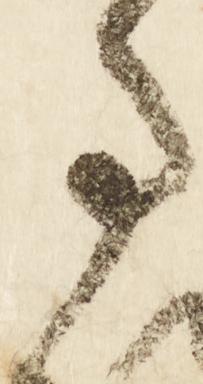
事